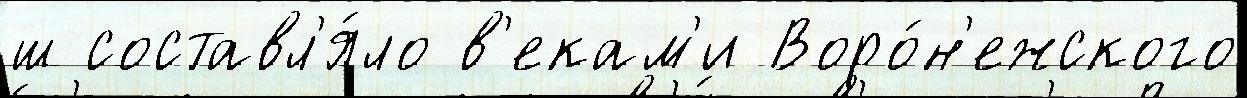
ш составл'я́ло в'екам'и Воро́н'ежского